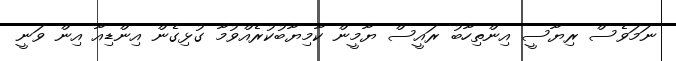
ނަމަވެސް ރިޔާސީ އިންތިހާބު ރައީސް ޔާމީން ކާމިޔާބުކުރެއްވުމާ ގުޅިގެން އިންޑިއާ އިން ވަނީ